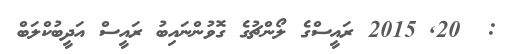
:  20